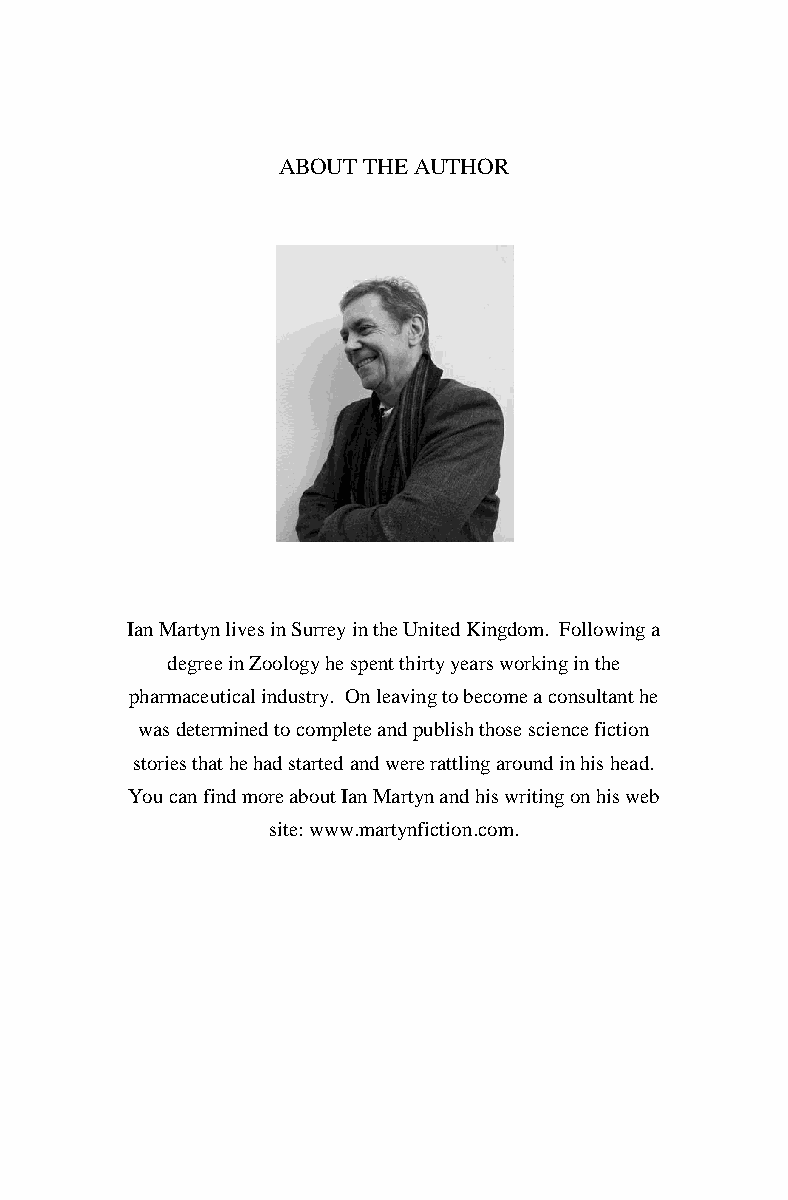
ABOUT THE AUTHOR
 Ian Martyn lives in Surrey in the United Kingdom. Following a
 degree in Zoology he spent thirty years working in the
 pharmaceutical industry. On leaving to become a consultant he
 was determined to complete and publish those science fiction
 stories that he had started and were rattling around in his head.
 You can find more about Ian Martyn and his writing on his web
 site: www.martynfiction.com.